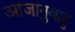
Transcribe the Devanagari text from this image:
आजानुबाहु